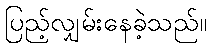
ပြည့်လျှမ်းနေခဲ့သည်။